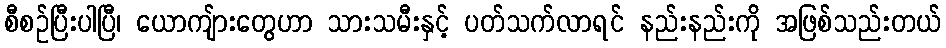
စီစဉ်ပြီးပါပြီ၊ ယောကျ်ားတွေဟာ သားသမီးနှင့် ပတ်သက်လာရင် နည်းနည်းကို အဖြစ်သည်းတယ်